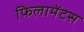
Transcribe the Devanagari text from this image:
फिलामेंटस